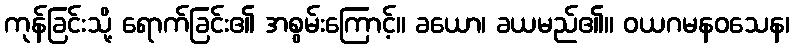
ကုန်ခြင်းသို့ ရောက်ခြင်း၏ အစွမ်းကြောင့်။ ခယော၊ ခယမည်၏။ ဝယဂမနဝသေန၊